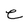
Character: e